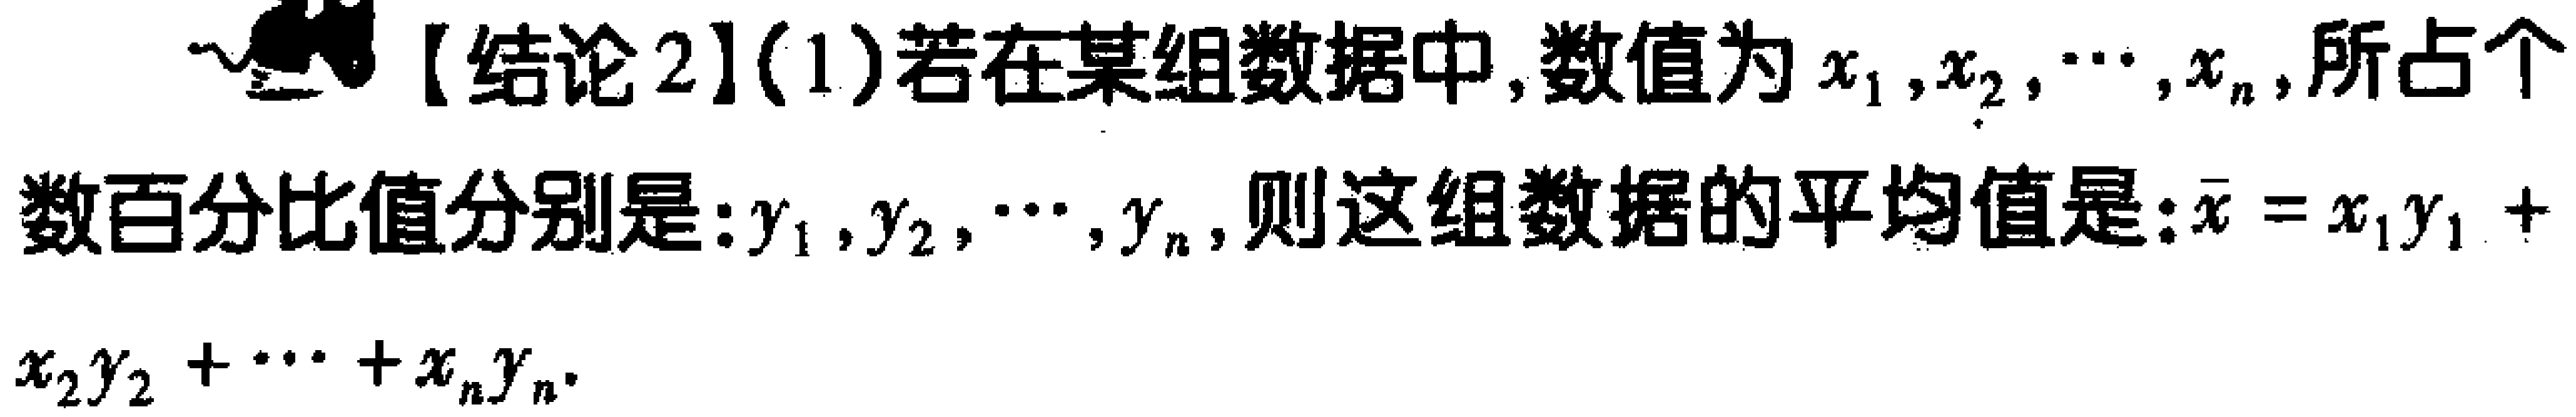
【结论2】(1)若在某组数据中,数值为$x_1,x_2,\cdots,x_n$,所占个数百分比值分别是:$y_1,y_2,\cdots,y_n$,则这组数据的平均值是:$\bar{x}=x_1y_1 + x_2y_2+\cdots + x_ny_n$.